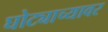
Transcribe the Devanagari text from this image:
घोट्याच्यावर